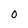
Character: O